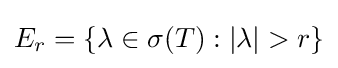
E_{r}=\left\{\lambda \in \sigma (T):|\lambda |>r\right\}